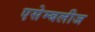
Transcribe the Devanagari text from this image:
एसेम्बलीज